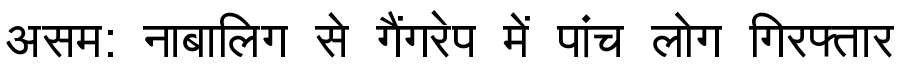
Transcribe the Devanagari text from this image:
असम: नाबालिग से गैंगरेप में पांच लोग गिरफ्तार